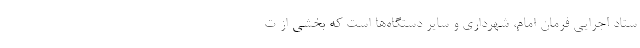
ستاد اجرایی فرمان امام، شهرداری و سایر دستگاه‌ها است که بخشی از ت